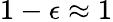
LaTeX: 1-\epsilon\approx 1